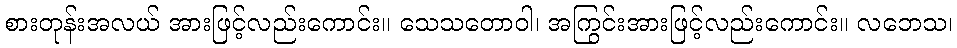
စားတုန်းအလယ် အားဖြင့်လည်းကောင်း။ သေသတောဝါ၊ အကြွင်းအားဖြင့်လည်းကောင်း။ လဘေသ၊